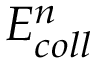
E _ { c o l l } ^ { n }